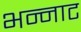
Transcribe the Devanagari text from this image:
भन्‍नाट